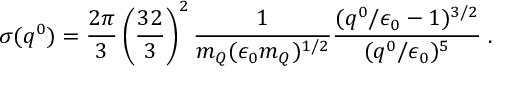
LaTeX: \sigma ( q ^ { 0 } ) = \frac { 2 \pi } { 3 } \left( \frac { 3 2 } { 3 } \right) ^ { 2 } \frac { 1 } { m _ { Q } ( \epsilon _ { 0 } m _ { Q } ) ^ { 1 / 2 } } \frac { ( q ^ { 0 } / \epsilon _ { 0 } - 1 ) ^ { 3 / 2 } } { ( q ^ { 0 } / \epsilon _ { 0 } ) ^ { 5 } } \; .